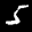
Label: 5